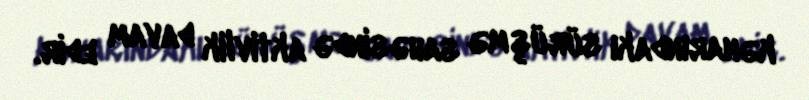
kənarındakı sürüşmə sahəsində aktivlik davam edir.